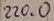
Text: 220.0